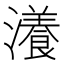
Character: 瀁